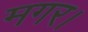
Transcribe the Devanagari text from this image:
मगर।